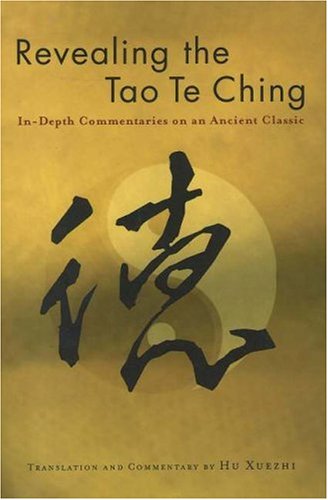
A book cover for Revealing the Tao Te Ching: In-depth Commentaries on an Ancient Classic; Hu Xuezhi; Religion & Spirituality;